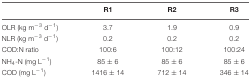
|  | R1 | R2 | R3 |
 | --- | --- | --- | --- |
 | OLR (kg m-3d-1) | 3.7 | 1.9 | 0.9 |
 | NLR (kg m-3d-1) | 0.2 | 0.2 | 0.2 |
 | COD:N ratio | 100:6 | 100:12 | 100:24 |
 | NH4-N (mg L-1) | 85 ± 6 | 85 ± 6 | 85 ± 6 |
 | COD (mg L-1) | 1416 ± 14 | 712 ± 14 | 346 ± 14 |